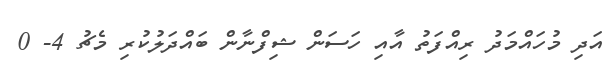
އަދި މުހައްމަދު ރިއްފަތު އާއި ހަސަން ޝިފްނާން ބައްދަލުކުރި މެޗު 4- 0